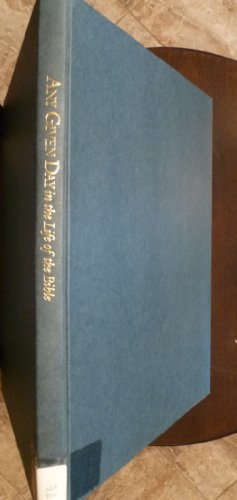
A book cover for Any Given Day in the Life of the Bible; Hyatt Moore; Reference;